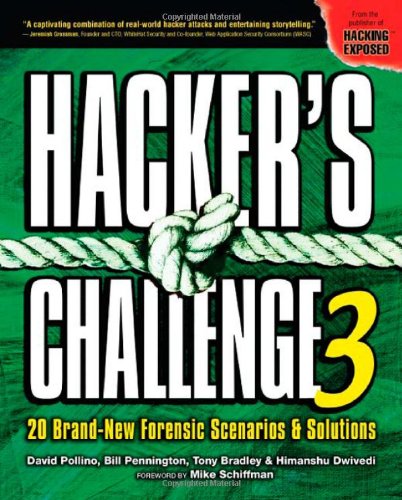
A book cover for Hacker's Challenge 3: 20 Brand New Forensic Scenarios & Solutions (v. 3); David Pollino; Computers & Technology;